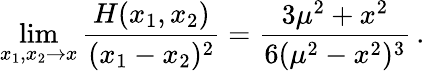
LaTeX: \operatorname*{lim}_{x_{1},x_{2}\to x}\frac{H(x_{1},x_{2})}{(x_{1}-x_{2})^{2}}=\frac{3\mu^{2}+x^{2}}{6(\mu^{2}-x^{2})^{3}}\, .